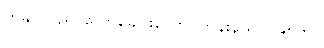
ကချင်ပြည်-လောခေါင်းတောင်တန်းနယ်၊ ၁၉၅၆?။